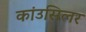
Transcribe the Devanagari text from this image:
कांउसिलर